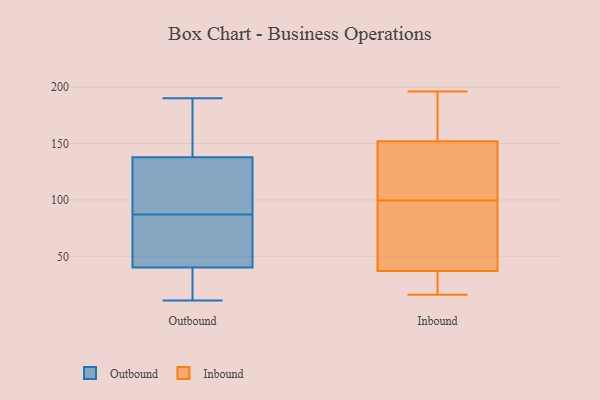
{"axis": {"x": "Satisfaction Score", "y": "Value"}, "legend": ["Inbound", "Outbound"], "data": [{"x": "", "y": 78, "type": "Outbound"}, {"x": "", "y": 190, "type": "Outbound"}, {"x": "", "y": 71, "type": "Outbound"}, {"x": "", "y": 11, "type": "Outbound"}, {"x": "", "y": 139, "type": "Outbound"}, {"x": "", "y": 97, "type": "Outbound"}, {"x": "", "y": 178, "type": "Outbound"}, {"x": "", "y": 87, "type": "Outbound"}, {"x": "", "y": 134, "type": "Outbound"}, {"x": "", "y": 30, "type": "Outbound"}, {"x": "", "y": 30, "type": "Outbound"}, {"x": "", "y": 74, "type": "Inbound"}, {"x": "", "y": 16, "type": "Inbound"}, {"x": "", "y": 70, "type": "Inbound"}, {"x": "", "y": 23, "type": "Inbound"}, {"x": "", "y": 165, "type": "Inbound"}, {"x": "", "y": 34, "type": "Inbound"}, {"x": "", "y": 87, "type": "Inbound"}, {"x": "", "y": 196, "type": "Inbound"}, {"x": "", "y": 152, "type": "Inbound"}, {"x": "", "y": 124, "type": "Inbound"}, {"x": "", "y": 112, "type": "Inbound"}, {"x": "", "y": 141, "type": "Inbound"}, {"x": "", "y": 167, "type": "Inbound"}, {"x": "", "y": 37, "type": "Inbound"}]}